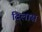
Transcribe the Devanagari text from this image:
दिलास